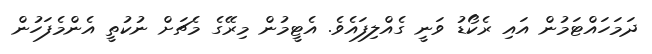
ދަމަހައްޓަމުން އައި ރެކޯޑު ވަނީ ގެއްލިފައެވެ. އެޓީމުން މިރޭގެ މެޗަށް ނުކުތީ އެންމެފަހުން